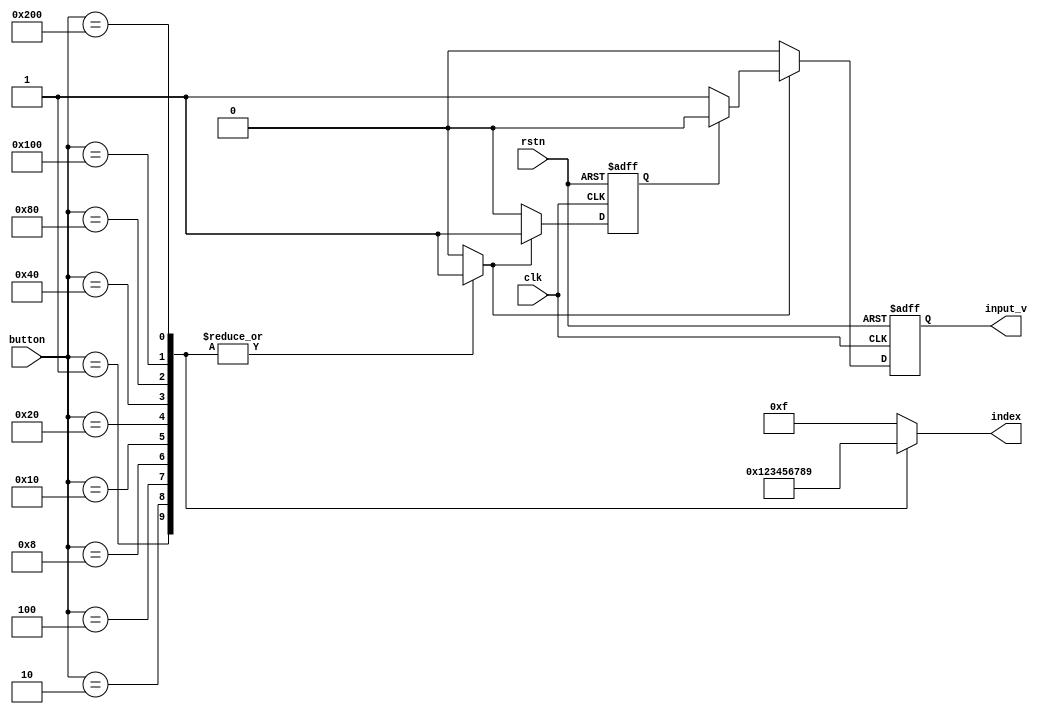
module button_reg(/*AUTOARG*/
    // Outputs
    input_v, index,
    // Inputs
    button, clk, rstn
    );
    // + input clk_num; <= input_valid  
    input [9:0] button;
    input clk;
    input rstn;
    output reg input_v;
    output reg [3:0] index;

    reg iv_output_done; // ff
    reg any_input_active; // comb

    always @(*) begin
        case (button)
            10'b00_0000_0001 : begin index = 4'b0000; any_input_active = 1; end
            10'b00_0000_0010 : begin index = 4'b0001; any_input_active = 1; end
            10'b00_0000_0100 : begin index = 4'b0010; any_input_active = 1; end
            10'b00_0000_1000 : begin index = 4'b0011; any_input_active = 1; end
            10'b00_0001_0000 : begin index = 4'b0100; any_input_active = 1; end
            10'b00_0010_0000 : begin index = 4'b0101; any_input_active = 1; end
            10'b00_0100_0000 : begin index = 4'b0110; any_input_active = 1; end
            10'b00_1000_0000 : begin index = 4'b0111; any_input_active = 1; end
            10'b01_0000_0000 : begin index = 4'b1000; any_input_active = 1; end
            10'b10_0000_0000 : begin index = 4'b1001; any_input_active = 1; end
            default : begin index = 4'b1111; any_input_active = 0; end
        endcase // case (button)
    end // always @ ()

    //        __    __    __    __    __    __    __    __    __    __    __    __
    // clk __|  |__|  |__|  |__|  |__|  |__|  |__|  |__|  |__|  |__|  |__|  |__|
    //            ___________________________
    // button ___|                           |_______________________________
    //              _____
    // i.v. _______|     |___________________________________________________
    
    always @(posedge clk or negedge rstn) begin
        if (~rstn) begin
            input_v <= 0;
            iv_output_done <= 0;
        end
        else if (any_input_active) begin
            if (~iv_output_done) begin
                input_v <= 1;
                iv_output_done <= 1;
            end
            else begin
                input_v <= 0;
                iv_output_done <= 1;
            end
        end
        else begin
            input_v <= 0;
            iv_output_done <= 0;
        end
    end
   
endmodule // button_reg